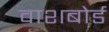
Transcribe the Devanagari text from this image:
वाशबोर्ड